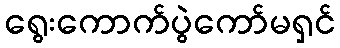
ရွေးကောက်ပွဲကော်မရှင်